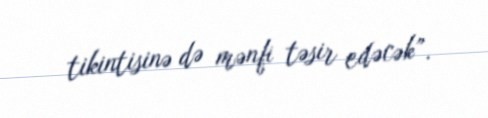
tikintisinə də mənfi təsir edəcək”.